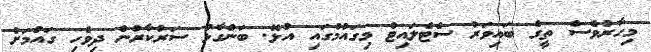
މިހާރުވެސް ތީގެ ބައިވަރު ސެޓެލައިޓް މިގައުމުގައި އުޅޭ. ބަންގާޅު ސަރުކާރުން ދިވެހި ގައުަމަށް